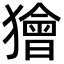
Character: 獪